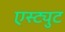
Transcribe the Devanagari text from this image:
एस्ट्युट